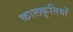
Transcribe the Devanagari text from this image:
कालकृतियों